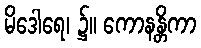
မိဒေါရေ၊ ၌။ ကောနန္တိကာ